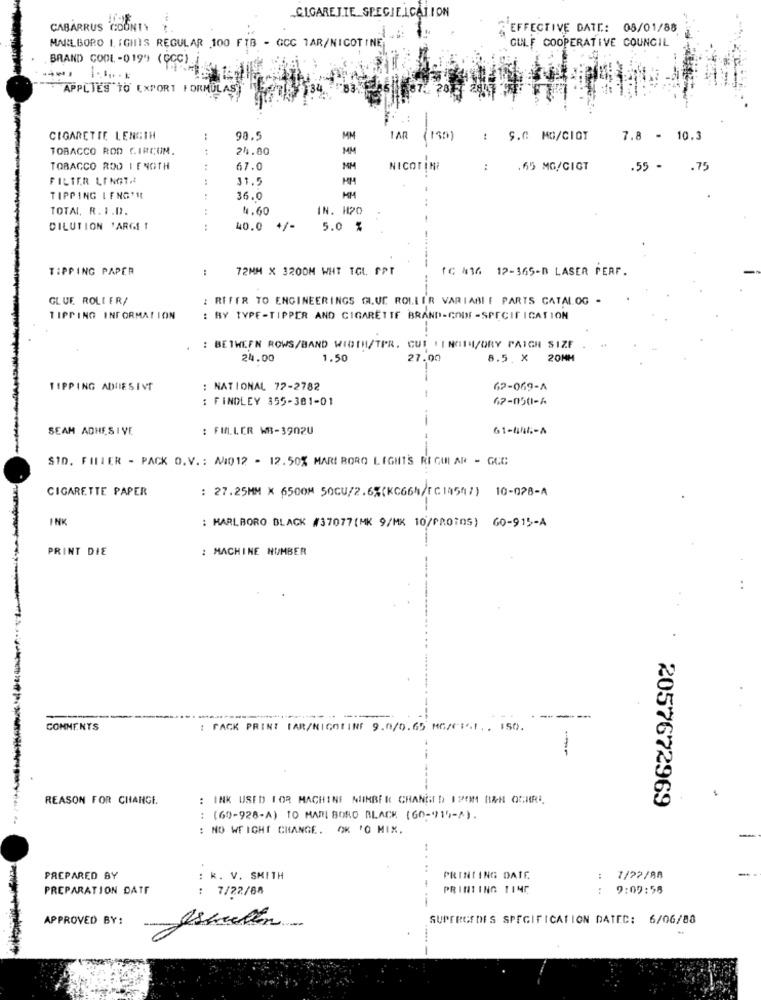
„CIGARETTE SPECIE.ICATION
CABARRUS COUNTY
EFFECTIVE DATE: 08/01/88
MARLBORO LIGHTS REGULAR 100 FIB - GCC TAR/NICOTINE
GULF COOPERATIVE COUNCIL
BRAND CODE -019" (CCC)
---
APPLIES TO EXPORT FORMULAS)
CIGARETTE LENGTH
90.5
MM
1 AR
130)
: S.C MG/CIOT
7.8 - 10.3
TOBACCO ROD CIRCUN.
:
24.80
MM
TOBACCO ROD LENGTH
67.0
MM
NICOTINE
:
.65 MG/CIGT
.55 - . 75
FILTER LINGTA
31.5
TIPPING LENG' IL
36.0
MM
TOTAL R. I.D.
4.60
IN. 120
DILUTION 'ARGE 1
.. .. ..
40.0
+/-
5.0 %
TIPPING PAPER
:
72MM X 3200M WHT TOL FPT
TC #16 12-365-D LASER PERF.
GLUE ROLLER/
: RIFER TO ENGINEERINGS GLUE ROLLER VARIABLE PARTS CATALOG -
TIPPING INFORMATION
: BY TYPE-TIPPER AND CIGARETTE BRAND-CODE -SPECIFICATION
: BETWEEN ROWS/BAND WIDTH/TPR. CUS HINGIM/DRY PAIGH SIZE
24.00
1.50
27.00
8.5 X 20MM
TIPPING ADHESIVE
: NATIONAL 72-2782
62-069-4
: FINDLEY 355-381-01
62-050-6
SEAM ADHESIVE
: FULLER WB-3902U
STD. FILTER - PACK O.V .: M/1012 - 12.50% MARI BORO LIGHTS RI GUI AR - GEC
CIGARETTE PAPER
: 27.25MM × 6500M 50CU/2.6%(KC66h/[C14547) 10-078-A
INK
: MARLBORO BLACK #37077(MK 9/MK 10/PROTOS) 60-915-A
PRINT DIE
: MACHINE NUMBER
COMMENTS
: TACK PRINT TAR/NICOTINE 9.0/0.65 MG/CIST. . 150.
REASON FOR CHANGE.
: INK USED FOR MACHINE MINBER CHANGED 12OM R&HE OCHRI
2057672969
: (60-928-A) TO MARLBORO BLACK (60-915-1).
: NO WEIGHT CHANGE. OK 'O MIX,
..
PREPARED BY
: k. V. SMITH
PRINTING DATE
: 1/27/88
PREPARATION DATE
: 7/22/88
PRINTING TING
9:09:58
. ..
---
APPROVED BY:
SUPERGEDES SPECIFICATION DATEC: 6/06/88
--